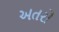
અતરો